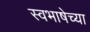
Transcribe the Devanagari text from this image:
स्वभाषेच्या